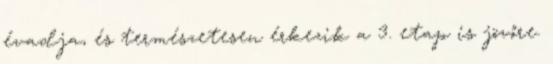
évadja, és természetesen érkezik a 3. etap is jövőre.